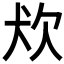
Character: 𤜹